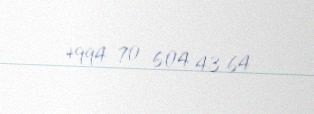
+994 70 604 43 64